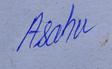
Signature authenticity: genuine